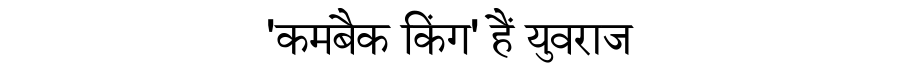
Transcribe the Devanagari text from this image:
'कमबैक किंग' हैं युवराज